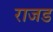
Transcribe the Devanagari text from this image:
राजड